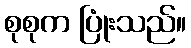
စုစုက ပြုံးသည်။